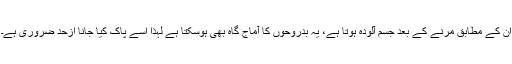
ان کے مطابق مرنے کے بعد جسم آلودہ ہوتا ہے، یہ بدروحوں کا آماج گاہ بھی ہوسکتا ہے لہذا اسے پاک کیا جانا ازحد ضروری ہے۔